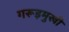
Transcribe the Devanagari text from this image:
गरूड़मुखी